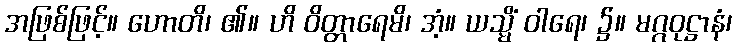
အဖြစ်ဖြင့်။ ဟောတိ၊ ၏။ ဟိ ဝိတ္တာရေမိ၊ အံ့။ ယသ္မိံ ဝါရေ၊ ၌။ မဂ္ဂဝုဋ္ဌာနံ၊